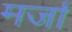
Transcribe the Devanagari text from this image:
मर्जा